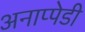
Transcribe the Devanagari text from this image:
अनाप्पेडी